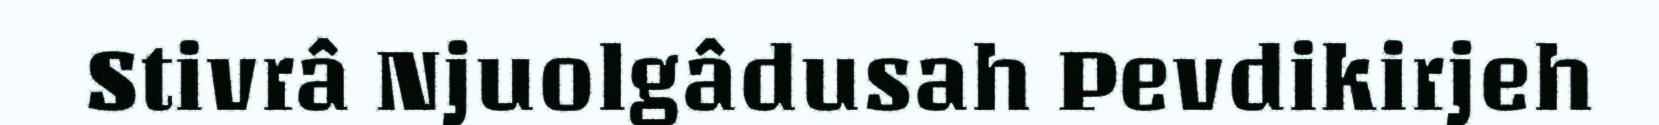
Stivrâ Njuolgâdusah Pevdikirjeh